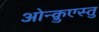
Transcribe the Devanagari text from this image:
ओन्क़ुएस्तु